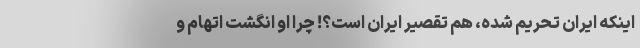
اینکه ایران تحریم شده، هم تقصیر ایران است؟! چرا او انگشت اتهام و